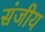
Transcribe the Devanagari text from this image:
संजीय